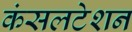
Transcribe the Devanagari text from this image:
कंसलटेशन